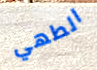
الطهي